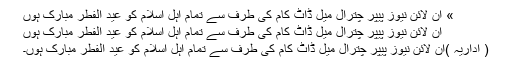
» آن لائن نیوز پیپر چترال میل ڈاٹ کام کی طرف سے تمام اہل اسلام کو عید الفطر مبارک ہوں
آن لائن نیوز پیپر چترال میل ڈاٹ کام کی طرف سے تمام اہل اسلام کو عید الفطر مبارک ہوں
( اداریہ )آن لائن نیوز پیپر چترال میل ڈاٹ کام کی طرف سے تمام اہل اسلام کو عید الفطر مبارک ہوں۔